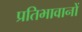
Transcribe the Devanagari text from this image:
प्रतिभावानों